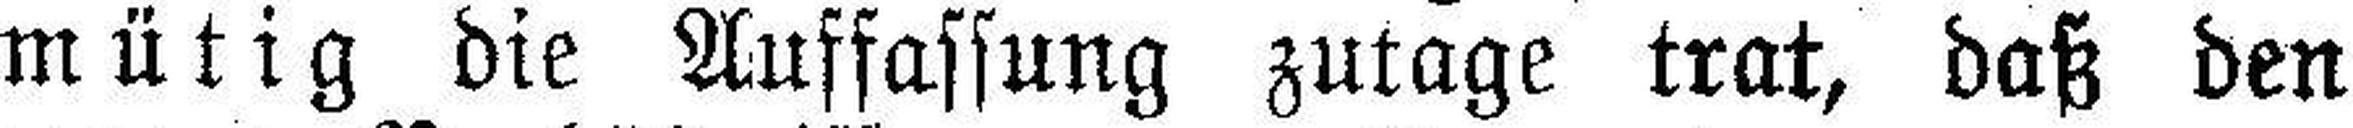
mütig die Auffassung zutage trat, daß den